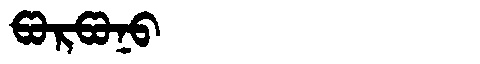
Manchu: ᡦᠣᡵᡦᠣᠨᠣ
Romanization: PORPONO